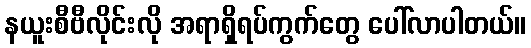
နယူးစီဗီလိုင်းလို အရာရှိရပ်ကွက်တွေ ပေါ်လာပါတယ်။